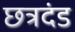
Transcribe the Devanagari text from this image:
छत्रदंड